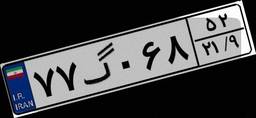
۰۲گ۴۷۴۵۰